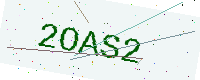
Text: 2OAS2